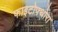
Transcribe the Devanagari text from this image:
फाइटोफ्थोरा